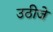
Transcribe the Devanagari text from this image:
उठीजे